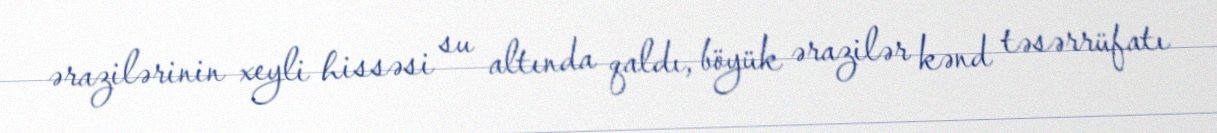
ərazilərinin xeyli hissəsi su altında qaldı, böyük ərazilər kənd təsərrüfatı